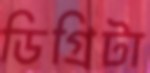
ডিগ্রিটা